Medical and sanitary report of the native army of Bengal for the year
Year: 1874
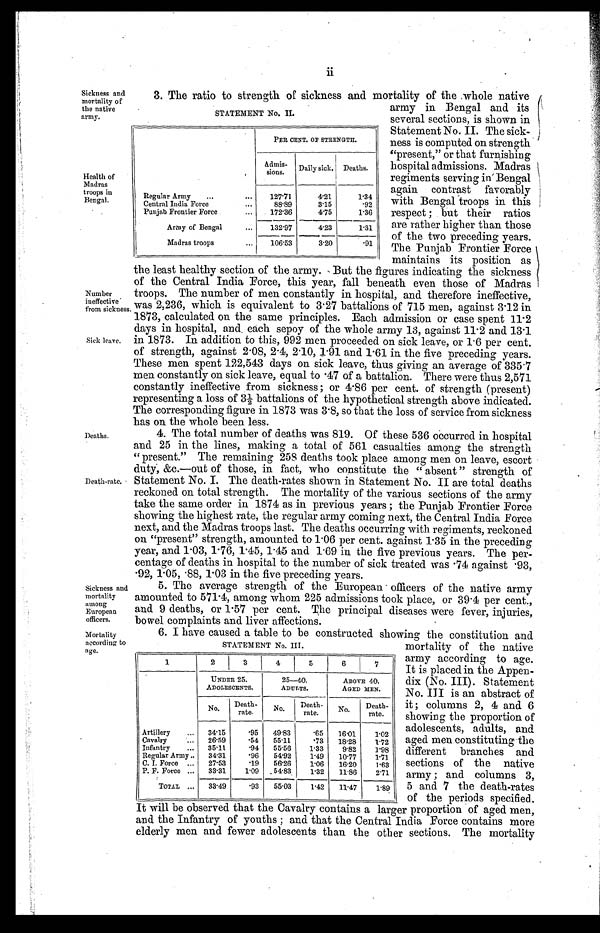
Sickness and
mortality
among
European
officers.
Mortality
according to
age.
ii
Sickness and
mortality of
the native
army.
Health of
Madras
troops in
Bengal.
Number
ineffective
from sickness.
Sick leave.
Deaths.
Death-rate.
3. The ratio to strength of sickness and mortality of the whole native
army in Bengal and its
several sections, is shown in
Statement No. II. The sick
-ness is computed on strength
"present," or that furnishing
hospital admissions. Madras
regiments serving in Bengal
again contrast favorably
with Bengal troops in this
respect ; but their ratios
are rather higher than those
of the two preceding years.
The Punjab Frontier Force
maintains its position as
the least healthy section of the army. But the figures indicating the sickness
of the Central India Force, this year, fall beneath even those of Madras
troops. The number of men constantly in hospital, and therefore ineffective,
was 2,236, which is equivalent to 3.27 battalions of 715 men, against 3.12 in
1873, calculated on the same principles. Each admission or case spent 11.2
days in hospital, and, each sepoy of the whole army 13, against 11.2 and 13.1
in 1873. In addition to this, 992 men proceeded on sick leave, or 1.6 per cent
of strength, against 2.08, 2.4, 2.10, 1.91 and 1.61 in the five preceding years.
These men spent 122,543 days on sick leave, thus giving an average of 335.7
men constantly on sick leave, equal to .47 of a battalion. There were thus 2,571
constantly ineffective from sickness ; or 4.86 per cent of strength (present)
representing a loss of 3½ battalions of the hypothetical strength above indicated.
The corresponding figure in 1873 was 3.8, so that the loss of service from sickness
has on the whole been less.
4. The total number of deaths was 819. Of these 536 occurred in hospital
and 25 in the lines, making a total of 561 casualties among the strength
"present." The remaining 258 deaths took place among men on leave, escort
duty; &c.—out of those, in fact, who constitute the "absent" strength of
statement No. I. The deatn-rates shown in Statement No. II are total deaths
reckoned on total strength. The mortality of the various sections of the army
take the same order in 1874 as in previous years ; the Punjab Frontier Force
showing the highest rate, the regular army coming next, the Central India Force
next, and the Madras troops last. The deaths occurring with regiments, reckoned
on "present" strength, amounted to 1.06 per cent against 1.35 in the preceding
year, and 1.03, 1.76, 1.45, 1.45 and 1.69 in the five previous years. The per
-centage of deaths in hospital to the number of sick treated was .74 against .93,
.92. 1.05. .88. 1.03 in the five preceding years.
5. The average strength of the European officers of the native army
amounted to 571.4, among whom 225 admissions took place, or 39.4 per cent.,
and 9 deaths, or 1.57 per cent. The principal diseases were fever, injuries,
bowel complaints and liver affections.
STATEMENT No. III.
1
2
3
4
5
6
7
UNDER 25.
ADOLESCENTS.
25—40.
ADULTS.
ABOVE 40.
AGED MEN.
No.
Death-
rate.
No.
Death-
rate.
No.
Death-
rate.
Artillery . . .
34.15
.95
49.83
.65
16.01
1.02
C a v a l r y . . .
26.59
.54
55.11
.73
18.28
1.72
Infantry . . .
35.11
.94
55.56
1.33
9.82
1.98
Regular Army . . .
34.31
.96
54.92
1.49
10.77
1.71
C. I. Force . . .
27.53
.19
56.26
1.06
16.20
1.63
P. F. Force . . .
33.31
1.09
54.83
1.32
11.86
2.71
TOTAL . . .
33.49
.93
55.03
1.42
11.47
1.89
STATEMENT No. II.
PER CENT OF STRENGTH.
Admis -
sions.
Daily sick. Deaths.
Regular Army . . .
127.71
4.21
1.34
Central India Force . . .
88.89
3.15
.92
Punjab Frontier Force . . .
172.36
4.75
1.36
Army of Bengal . . .
132.97
4.23
1.31
Madras troops . . .
106.53
3.20
.91
6. 1 have caused a table to be constructed showing the constitution and
mortality of the native
army according to age
. It is placed in the Appen
-dix (No. III). Statemen
t No. III is an abstract of
it ; columns 2, 4 and 6
showing the proportion of
adolescents, adults, and
aged men constituting the
different branches and
sections of the native
army ; and columns 3,
5 and 7 the death-rates
of the periods specified.
It will be observed that the Cavalry contains a larger proportion of aged men,
and the Infantry of youths ; nd. that the Central India Force contains more
elderly men and fewer adolescents than the other sections. The mortality